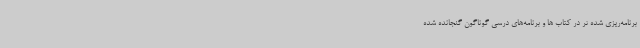
برنامه‌ریزی شده تر در کتاب ها و برنامه‌های درسی گوناگون گنجانده شده